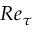
R e _ { \tau }